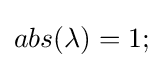
abs(\lambda )=1;